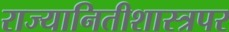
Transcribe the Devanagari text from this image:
राज्यानितीशास्त्रपर